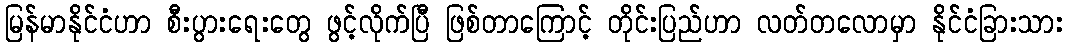
မြန်မာနိုင်ငံဟာ စီးပွားရေးတွေ ဖွင့်လိုက်ပြီ ဖြစ်တာကြောင့် တိုင်းပြည်ဟာ လတ်တလောမှာ နိုင်ငံခြားသား